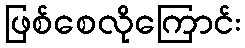
ဖြစ်စေလိုကြောင်း